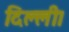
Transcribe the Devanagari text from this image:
दिल्‍ली।